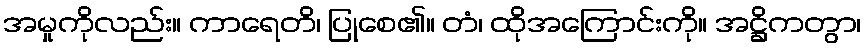
အမှုကိုလည်း။ ကာရေတိ၊ ပြုစေ၏။ တံ၊ ထိုအကြောင်းကို။ အဋ္ဌိကတွာ၊